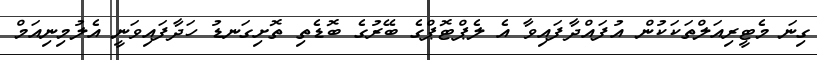
ގިނަ މެޓީރިއަލްތަކަކުން އުފައްދާފައިވާ އެ ލެޕްޓޮޕްގެ ބޭރުގެ ބޮޑެތި ތޮށިގަނޑު ހަދާފައިވަނީ އެލުމިނިއަމް